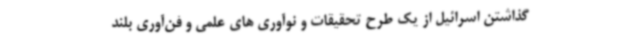
گذاشتن اسرائیل از یک طرح تحقیقات و نوآوری های علمی و فن‌آوری بلند